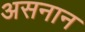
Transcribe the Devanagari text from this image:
असनान